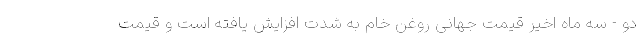
دو - سه ماه اخیر قیمت جهانی روغن خام به شدت افزایش یافته است و قیمت